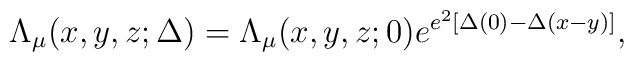
\Lambda_\mu(x,y,z;\Delta) = \Lambda_\mu(x,y,z;0)         e^{e^2\left[\Delta(0) - \Delta(x - y)\right]},